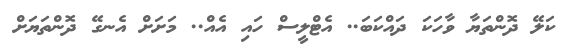
ކަލޭ ދޮންތަޔާ ވާހަކަ ދައްކަބަ.. އެޓްލީސް ހައި އެއް.. މަށަށް އެނގޭ ދޮންތަޔަށް